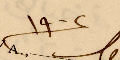
١٩٠٢